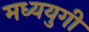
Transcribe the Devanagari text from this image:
मध्ययुगी